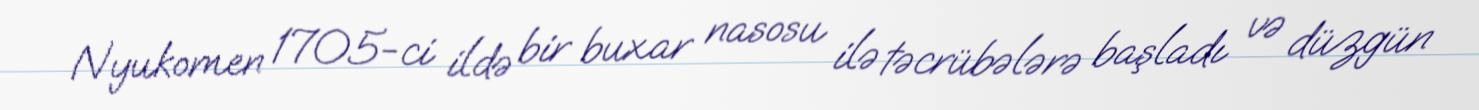
Nyukomen 1705-ci ildə bir buxar nasosu ilə təcrübələrə başladı və düzgün